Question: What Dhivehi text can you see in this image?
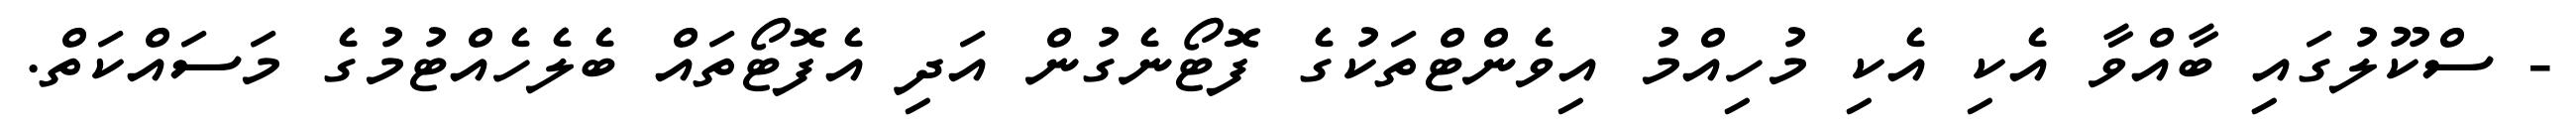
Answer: - ސްކޫލުގައި ބާއްވާ އެކި އެކި މުހިއްމު އިވެންޓްތަކުގެ ފޮޓޯނެގުން އަދި އެފޮޓޯތައް ބެލެހެއްޓުމުގެ މަސައްކަތް.